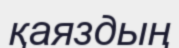
қаяздың